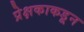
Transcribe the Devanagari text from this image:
प्रेक्षकाकडून